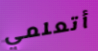
أتعلمي